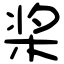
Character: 桨